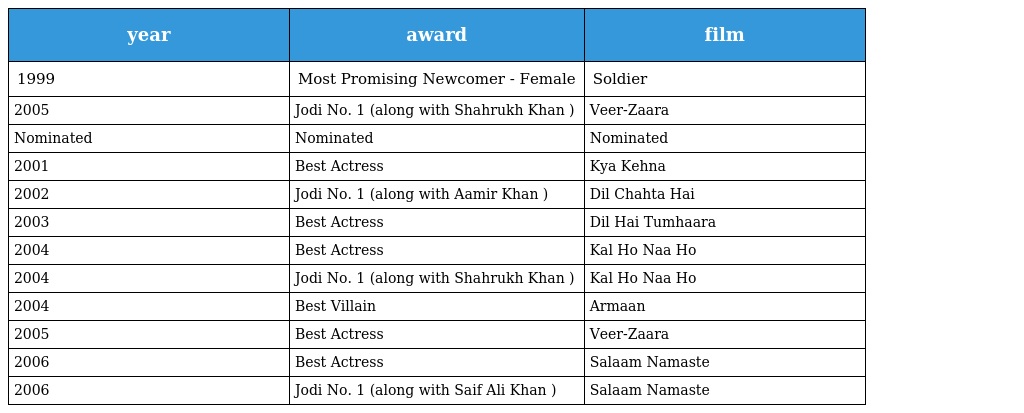
| year | award | film |
 | --- | --- | --- |
 | 1999 | Most Promising Newcomer - Female | Soldier |
 | 2005 | Jodi No. 1 (along with Shahrukh Khan ) | Veer-Zaara |
 | Nominated | Nominated | Nominated |
 | 2001 | Best Actress | Kya Kehna |
 | 2002 | Jodi No. 1 (along with Aamir Khan ) | Dil Chahta Hai |
 | 2003 | Best Actress | Dil Hai Tumhaara |
 | 2004 | Best Actress | Kal Ho Naa Ho |
 | 2004 | Jodi No. 1 (along with Shahrukh Khan ) | Kal Ho Naa Ho |
 | 2004 | Best Villain | Armaan |
 | 2005 | Best Actress | Veer-Zaara |
 | 2006 | Best Actress | Salaam Namaste |
 | 2006 | Jodi No. 1 (along with Saif Ali Khan ) | Salaam Namaste |